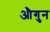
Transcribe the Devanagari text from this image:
औगुन